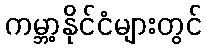
ကမ္ဘာ့နိုင်ငံများတွင်